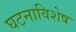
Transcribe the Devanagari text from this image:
घटनाविशेष